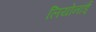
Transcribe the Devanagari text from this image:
लियोनॉर्ड्